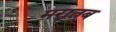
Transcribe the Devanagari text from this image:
मरातब